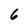
Character: 6